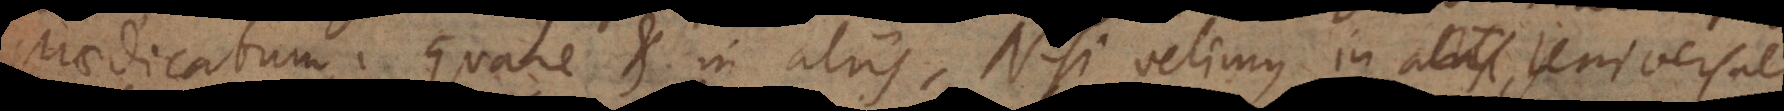
praedicatum. Quare et in aliis. Nisi velimus in aliis universali